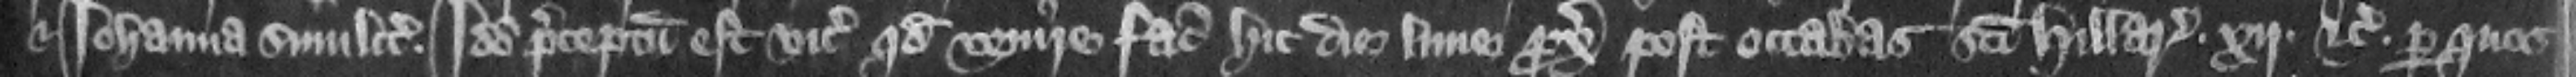
et Iohanna similiter. Ideo preceptum est vicecomiti quod venire faciat hic die Lune proximo post octabas Sancti Hilarii . xij. etc. per quos